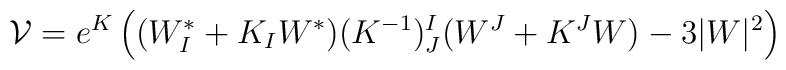
\mathcal{V} = e^K\left((W^*_I+K_IW^*) (K^{-1})^I_J (W^J+K^JW) - 3|W|^2\right)